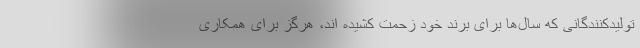
تولیدکنندگانی که سال‌ها برای برند خود زحمت کشیده اند، هرگز برای همکاری